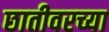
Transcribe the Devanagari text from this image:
छातीवरच्या